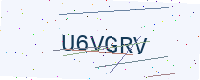
Text: U6VGRV